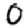
Digit: 0